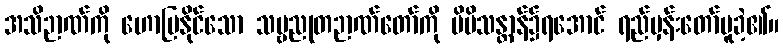
အသိဉာဏ်ကို ဟောပြနိုင်သော သဗ္ဗညုတဉာဏ်တော်ကို မိမိသန္တာန်၌ရအောင် ရည်မှန်းတော်မူခဲ့၏။